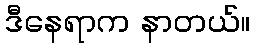
ဒီနေရာက နာတယ်။